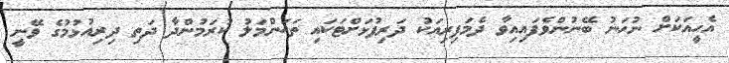
އެހީއަކަށް ނުހަނު ބޭނުންވެފައިއިވާ ދެމަފިރިއަކު ދަރިފުޅަށްޓަކައި ތަޙަންމަލު ކުރަމުންދާ ދަތި ދިރިއުޅުމުގެ ވޭނީ